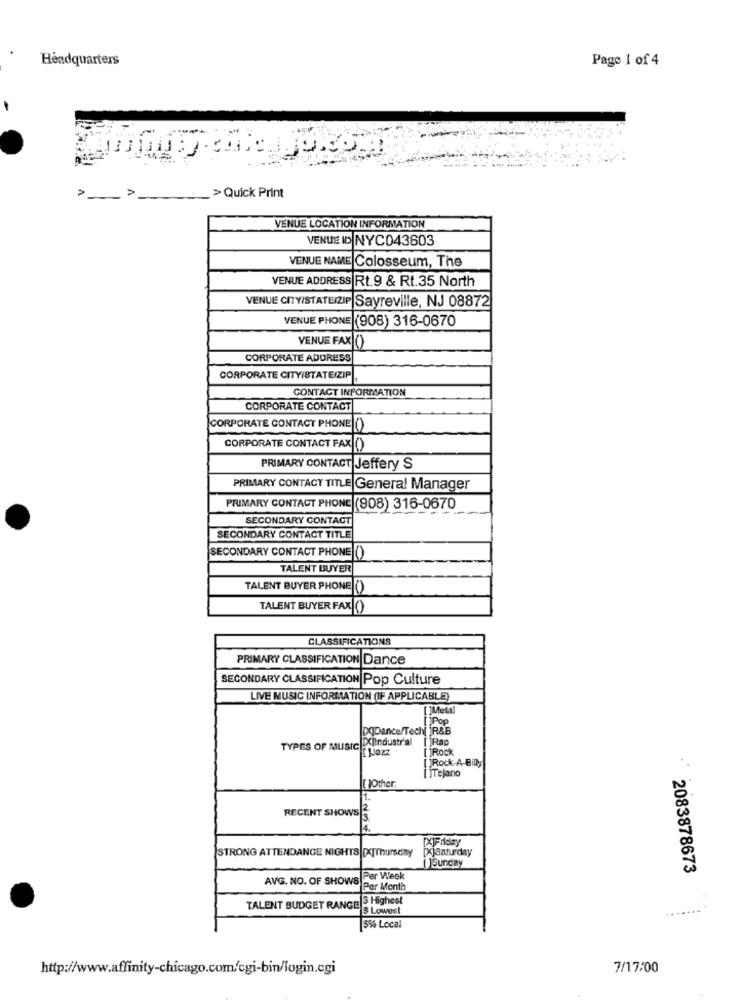
Headquarters
Page 1 of 4
-
_> Quick Print
VENUE LOCATION INFORMATION
VENUE ID NYC043603
VENUE NAME Colosseum, The
VENUE ADDRESS|Rt.9 & Rt.35 North
VENUE CITY/STATEIZIP Sayreville, NJ 08872
VENUE PHONE
(908) 316-0670
VENUE FAX [()
CORPORATE ADDRESS
CORPORATE CITY(STATE/ZIP
CONTACT INFORMATION
CORPORATE CONTACT
CORPORATE CONTACT PHONE [()
CORPORATE CONTACT FAX ()
PRIMARY CONTACT Jeffery S
PRIMARY CONTACT TITLE General Manager
PRIMARY CONTACT PHONE (908) 316-0670
SECONDARY CONTACT
SECONDARY CONTACT TITLE
SECONDARY CONTACT PHONE ()
TALENT BUYER
TALENT BUYER PHONE ()
TALENT BUYER FAX ()
CLASSIFICATIONS
PRIMARY CLASSIFICATION Dance
SECONDARY CLASSIFICATION Pop Culture
LIVE MUSIC INFORMATION (IF APPLICABLE)
[ ]Meta]
[Pop
[X]Dance/Techi iR&B
TYPES OF MUSIC !XlIndustr'al
[]Rap
jRock
[]Rock-A-Billy
[ ]Tejano
[ ]Other
1.
RECENT SHOWS
XJFriday
STRONG ATTENDANCE NIGHTS [X]Thursday
ixjsaturday
[]Sunday
2083878673
AVG. NO. OF SHOWS
Per Week
Per Month
S Highest
TALENT BUDGET RANGE
Lowest
...
3% Local
http://www.affinity-chicago.com/cgi-bin/login.cgi
7/17:00